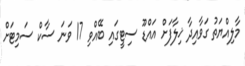
މާލިއްޔަތު ގަވާއިދާ ޚިލާފަށް އައްޑޫ ސިޓީގައި ބޭއްވި 17 ވަނަ ސާކް ސަމިޓަށް